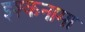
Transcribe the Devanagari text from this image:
इश्कनामा